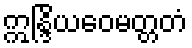
ဣန္ဒြိယဝေမတ္တတံ